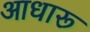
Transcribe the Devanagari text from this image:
आधारू